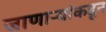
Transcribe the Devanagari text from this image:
जाणाऱ्यांकडून